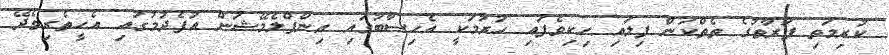
ކުރިމަތި ފަރާތުގެ ތެތްކަން ފިލައި ހިކިވެފައި ހުރުމަކީ އެހިސާބުގައި އިންފްލެމޭޝަން އުފެދުމުގައި އެހީތެރިވެދޭ